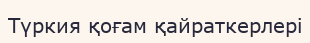
Түркия қоғам қайраткерлері